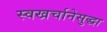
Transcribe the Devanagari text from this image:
स्वखर्चानेसुद्धा